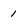
Character: 1